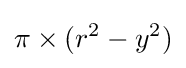
\pi \times (r^{2}-y^{2})